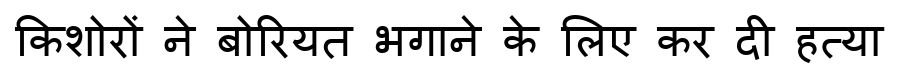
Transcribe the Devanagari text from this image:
किशोरों ने बोरियत भगाने के लिए कर दी हत्या